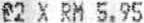
@2 X RM 5.95